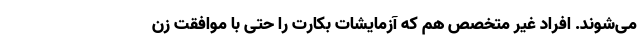
می‌شوند. افراد غیر متخصص هم که آزمایشات بکارت را حتی با موافقت زن